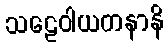
သဠေဝါယတနာနိ